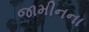
જામીનના